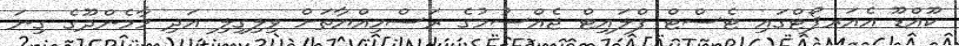
ކޫއްޑޫ އެއަރޕޯޓްގައި ޓެސްޓް ފްލައިޓް ޖެއްސުމުގެ ރަސްމިއްޔާތަށް ވިލިގިލި އަދި މާމެންދޫގެ ގިނަ